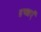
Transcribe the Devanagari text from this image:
इच्छाऍं